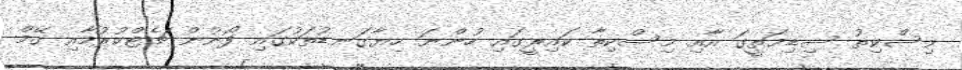
މިސްކިތު ސިޑިމަތީގަ އާއި މިސްކިތާ ކައިރީގައި ހުންނަ ހިޔާގަނޑުތަކުގައި ފޯނުން ޗެޓްކުރުމާއި ގޭމް